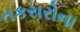
તકરારોના